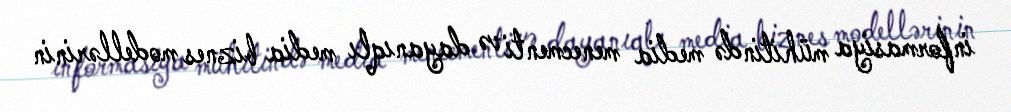
informasiya mühitində media menecmenti və dayanıqlı media biznes modellərinin